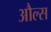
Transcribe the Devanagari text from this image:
औल्स